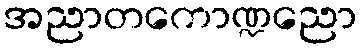
အညာတကောဏ္ဍညော